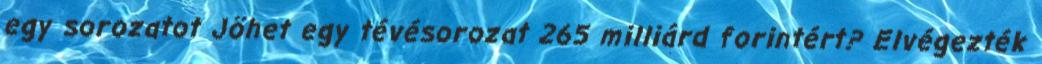
egy sorozatot Jöhet egy tévésorozat 265 milliárd forintért? Elvégezték